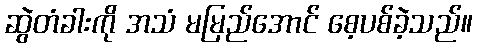
ဆွဲတံခါးကို အသံ မမြည်အောင် စေ့ပစ်ခဲ့သည်။